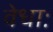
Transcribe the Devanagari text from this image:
वेधाः